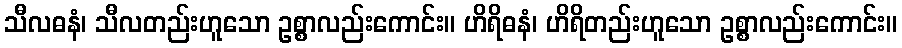
သီလဓနံ၊ သီလတည်းဟူသော ဥစ္စာလည်းကောင်း။ ဟိရိဓနံ၊ ဟိရိတည်းဟူသော ဥစ္စာလည်းကောင်း။